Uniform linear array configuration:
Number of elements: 12
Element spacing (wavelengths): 0.75
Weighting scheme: blackman
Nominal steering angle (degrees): -60
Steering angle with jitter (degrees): -59.248
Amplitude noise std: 0.05
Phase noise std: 0.05

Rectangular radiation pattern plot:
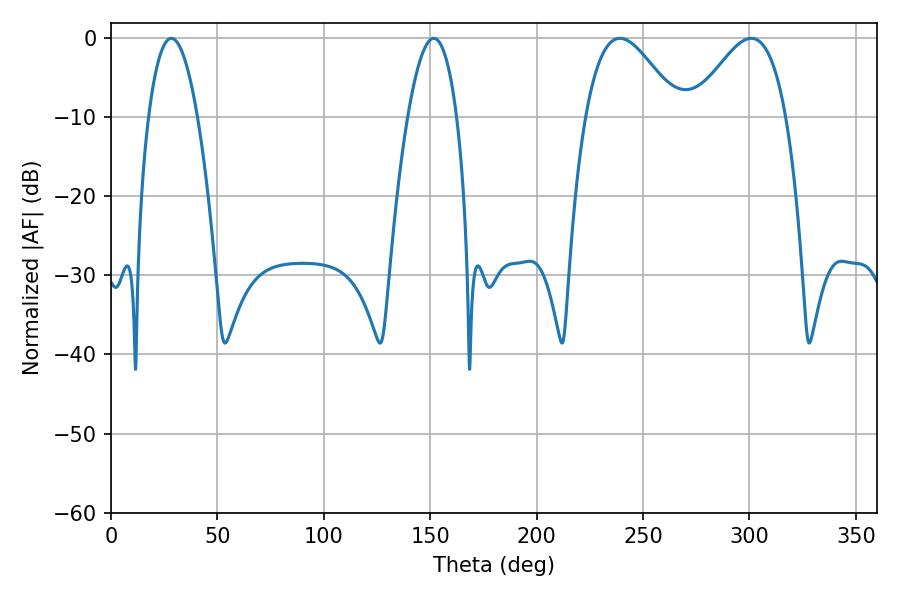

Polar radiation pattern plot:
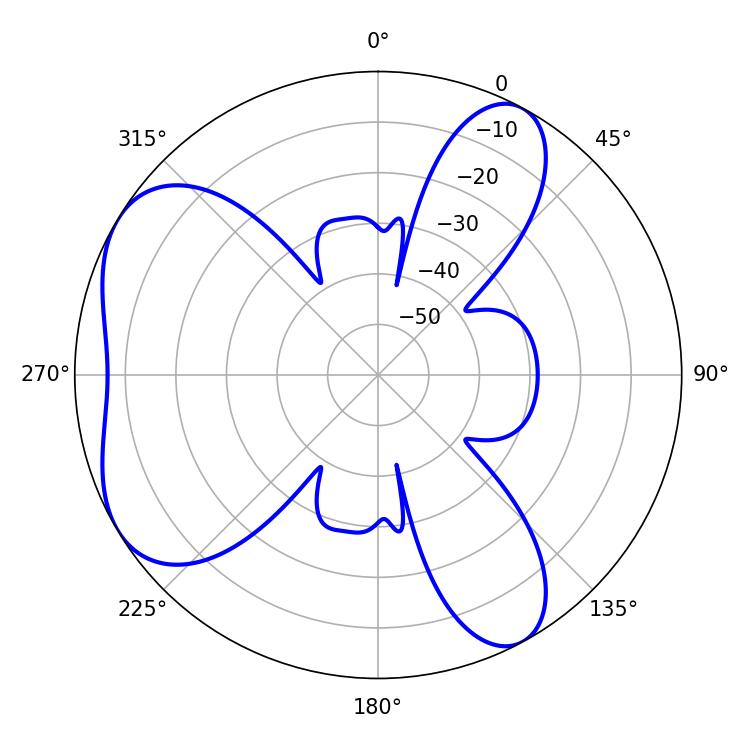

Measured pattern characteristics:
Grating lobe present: TRUE
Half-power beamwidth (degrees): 23.58
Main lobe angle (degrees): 239.22